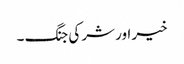
خیر اور شر کی جنگ ۔